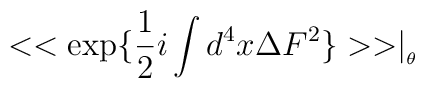
<<\exp \{\frac{1}{2}i\int d^{4}x\Delta F^{2}\}>>\mid _{_{\theta }}